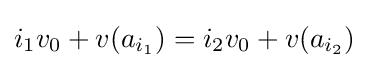
i_{1}v_{0}+v(a_{i_{1}})=i_{2}v_{0}+v(a_{i_{2}})